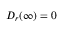
D _ { r } ( \infty ) = 0